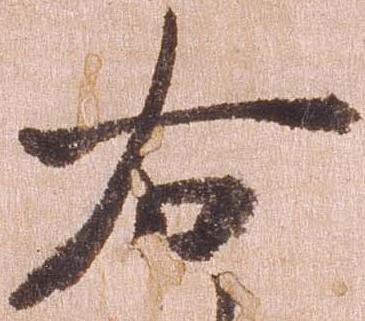
右